Report on the lunatic asylums under the Government of Bombay - 1904-1913
Year: 1904
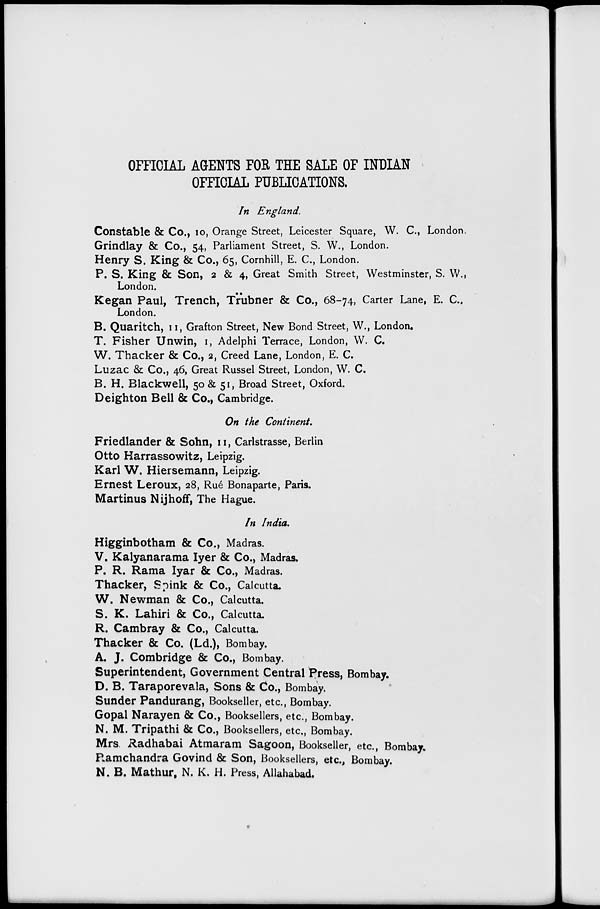
OFFICIAL AGENTS FOR THE SALE OF INDIAN
OFFICIAL PUBLICATIONS.
In England.
Constable & Co., 10, Orange Street, Leicester Square, W. C., London.
Grindlay & Co., 54, Parliament Street, S. W., London.
Henry S. King & Co., 65, Cornhill, E. C., London.
P. S. King & Son, 2 & 4, Great Smith Street, Westminster, S. W.,
London.
Kegan Paul, Trench, Trübner & Co., 68-74, Carter Lane, E. C.,
London.
B. Quaritch, 11, Grafton Street, New Bond Street, W., London.
T. Fisher Unwin, 1, Adelphi Terrace, London, W. C.
W. Thacker & Co., 2, Creed Lane, London, E. C.
Luzac & Co., 46, Great Russel Street, London, W. C.
B. H. Blackwell, 50 & 51, Broad Street, Oxford.
Deighton Bell & Co., Cambridge.
On the Continent.
Friedlander & Sohn, 11, Carlstrasse, Berlin
Otto Harrassowitz, Leipzig.
Karl W. Hiersemann, Leipzig.
Ernest Leroux, 28, Rué Bonaparte, Paris.
Martinus Nijhoff, The Hague.
In India.
Higginbotham & Co., Madras.
V. Kalyanarama Iyer & Co., Madras.
P. R. Rama Iyar & Co., Madras.
Thacker, Spink & Co., Calcutta.
W. Newman & Co., Calcutta.
S. K. Lahiri & Co., Calcutta.
R. Cambray & Co., Calcutta.
Thacker & Co. (Ld.), Bombay.
A. J. Combridge & Co., Bombay.
Superintendent, Government Central Press, Bombay.
D. B. Taraporevala, Sons & Co., Bombay.
Sunder Pandurang, Bookseller, etc., Bombay.
Gopal Narayen & Co., Booksellers, etc., Bombay.
N. M. Tripathi & Co., Booksellers, etc., Bombay.
Mrs. Radhabai Atmaram Sagoon, Bookseller, etc., Bombay.
Ramchandra Govind & Son, Booksellers, etc., Bombay.
N. B. Mathur, N. K. H. Press, Allahabad.